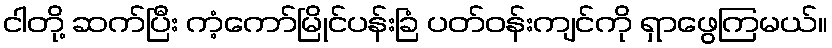
ငါတို့ ဆက်ပြီး ကံ့ကော်မြိုင်ပန်းခြံ ပတ်ဝန်းကျင်ကို ရှာဖွေကြမယ်။